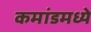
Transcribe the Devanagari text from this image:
कमांडमध्ये